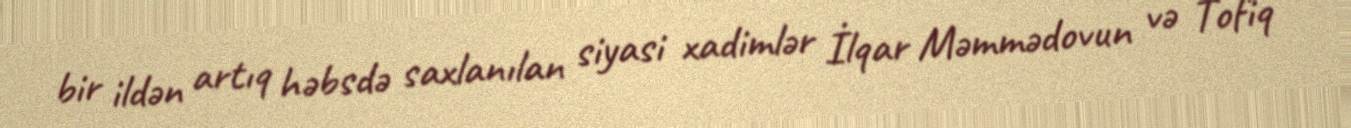
bir ildən artıq həbsdə saxlanılan siyasi xadimlər İlqar Məmmədovun və Tofiq